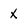
Character: x